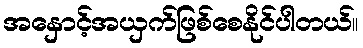
အနှောင့်အယှက်ဖြစ်စေနိုင်ပါတယ်။